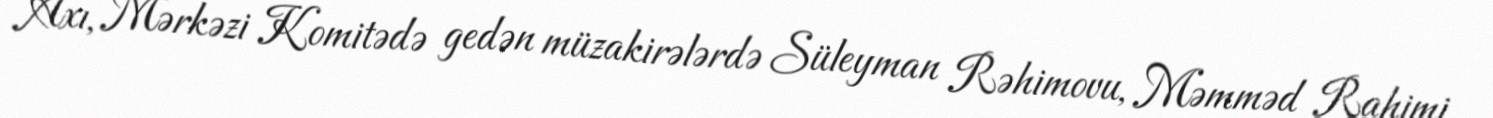
Axı, Mərkəzi Komitədə gedən müzakirələrdə Süleyman Rəhimovu, Məmməd Rahimi,